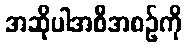
အဆိုပါအစီအစဉ်ကို